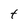
Character: t